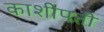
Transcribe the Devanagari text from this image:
काशीपती